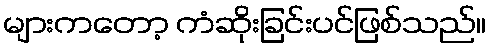
များကတော့ ကံဆိုးခြင်းပင်ဖြစ်သည်။